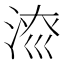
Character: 𱦱